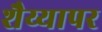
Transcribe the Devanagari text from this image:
शैय्यापर